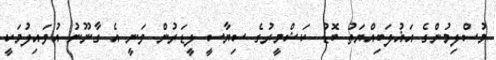
މުސްލިމުންގެ އަޣުލަބިއްޔަތު ބޮޑު ކަޝްމީރުގެ ސިޔާސީ ލީޑަރުން ވަނީ އެ ގާނޫނު އުވައިލުމަކީ